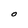
Character: O